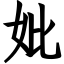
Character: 妣